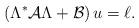
LaTeX: \begin{align*} \left( \Lambda^* \mathcal A \Lambda + \mathcal B \right) u = \ell .\end{align*}